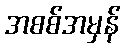
အစစ်အမှန်